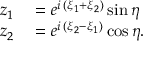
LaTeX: \begin{array} { r l } { z _ { 1 } } & { { } = e ^ { i \, ( \xi _ { 1 } + \xi _ { 2 } ) } \sin \eta } \\ { z _ { 2 } } & { { } = e ^ { i \, ( \xi _ { 2 } - \xi _ { 1 } ) } \cos \eta . } \end{array}